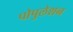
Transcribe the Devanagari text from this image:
पोपुलेशन